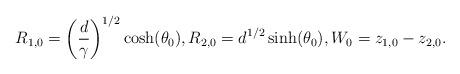
LaTeX: \begin{align*}R_{1,0}=\left(\frac{d}{\gamma}\right)^{1/2}\cosh(\theta_{0}), R_{2,0}=d^{1/2}\sinh(\theta_{0}), W_{0}=z_{1,0}-z_{2,0}.\end{align*}